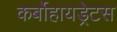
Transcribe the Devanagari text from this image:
कर्बोहायड्रेटस